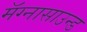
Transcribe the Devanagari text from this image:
मॅग्नासाउन्ड